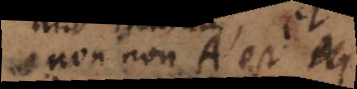
et non non A est id